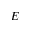
E